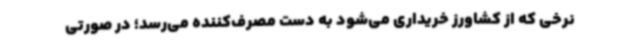
نرخی که از کشاورز خریداری می‌شود به دست مصرف‌کننده می‌رسد؛ در صورتی